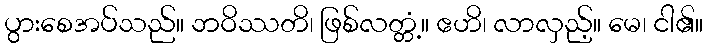
ပွားစေအပ်သည်။ ဘဝိဿတိ၊ ဖြစ်လတ္တံ့။ ဧဟိ၊ လာလှည့်။ မေ၊ ငါ၏။